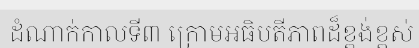
ដំណាក់កាលទី៣ ក្រោមអធិបតីភាពដ៏ខ្ពង់ខ្ពស់